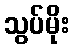
သွပ်မိုး